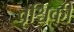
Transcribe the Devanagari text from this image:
वृश्चिकी